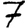
Digit: 7